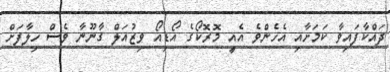
ދައްކާފައިވާ ކަމަށާއި އެހެންވެ އެއީ މޮރޮކޯގެ އޯޑިއޯ ވިޒުއަލް ގާނޫނާ ވެސް ހިލާފަށް